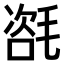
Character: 𣯃